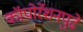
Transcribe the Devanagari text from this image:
कॉपोर्रेशनपुढे